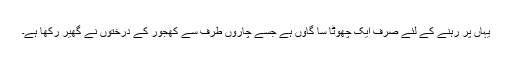
یہاں پر رہنے کے لئے صرف ایک چھوٹا سا گاوں ہے جسے چاروں طرف سے کھجور کے درختوں نے گھیر رکھا ہے۔